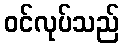
ဝင်လုပ်သည်